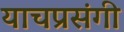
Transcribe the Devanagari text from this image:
याचप्रसंगी